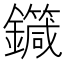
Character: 𨮼